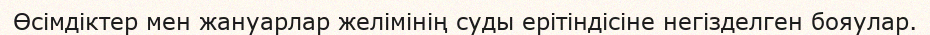
Өсімдіктер мен жануарлар желімінің суды ерітіндісіне негізделген бояулар.